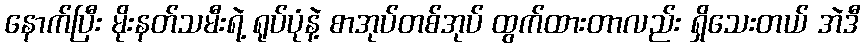
နောက်ပြီး မိုးနတ်သမီးရဲ့ ရုပ်ပုံနဲ့ စာအုပ်တစ်အုပ် ထွက်ထားတာလည်း ရှိသေးတယ် အဲဒီ